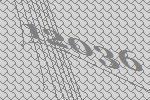
12036